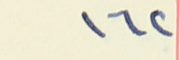
١٦٢